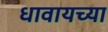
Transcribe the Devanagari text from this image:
धावायच्या